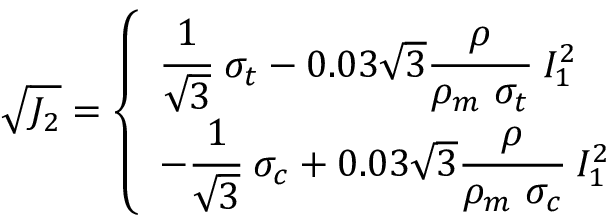
{ \sqrt { J _ { 2 } } } = { \left\{ \begin{array} { l l } { { \cfrac { 1 } { \sqrt { 3 } } } ~ \sigma _ { t } - 0 . 0 3 { \sqrt { 3 } } { \cfrac { \rho } { \rho _ { m } ~ \sigma _ { t } } } ~ I _ { 1 } ^ { 2 } } \\ { - { \cfrac { 1 } { \sqrt { 3 } } } ~ \sigma _ { c } + 0 . 0 3 { \sqrt { 3 } } { \cfrac { \rho } { \rho _ { m } ~ \sigma _ { c } } } ~ I _ { 1 } ^ { 2 } } \end{array} \right. }